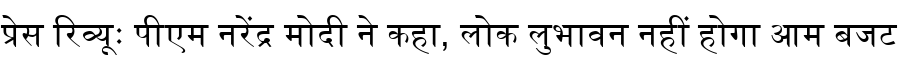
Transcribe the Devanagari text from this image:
प्रेस रिव्यूः पीएम नरेंद्र मोदी ने कहा, लोक लुभावन नहीं होगा आम बजट